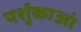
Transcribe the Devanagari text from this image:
पर्शुकाआं